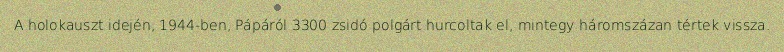
A holokauszt idején, 1944-ben, Pápáról 3300 zsidó polgárt hurcoltak el, mintegy háromszázan tértek vissza.